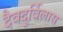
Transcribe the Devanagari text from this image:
दैवदुर्विलास